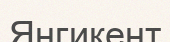
Янгикент